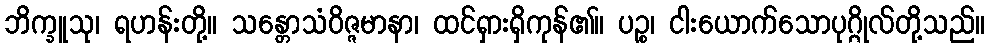
ဘိက္ခူသု၊ ရဟန်းတို့။ သန္တောသံဝိဇ္ဇမာနာ၊ ထင်ရှားရှိကုန်၏။ ပဉ္စ၊ ငါးယောက်သောပုဂ္ဂိုလ်တို့သည်။